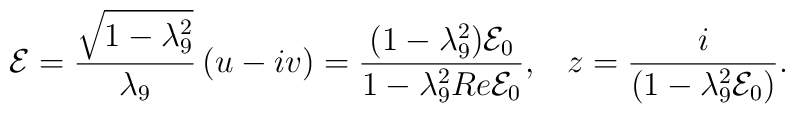
{\cal E}=\frac{\sqrt{1-\lambda_9^2}}{\lambda_9}\left(u-iv\right)=\frac{(1-\lambda_9^2){\cal E}_0}{1-\lambda_9^2 Re {\cal E}_0},\;\;\;z=\frac{i}{\left(1-\lambda_9^2{\cal E}_0\right)}.